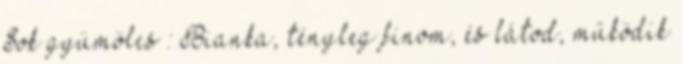
Sok gyümölcs : Bianka, tényleg finom, és látod, működik